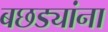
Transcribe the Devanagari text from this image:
बछड्यांना